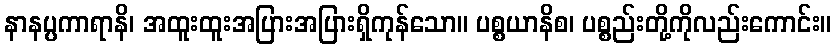
နာနပ္ပကာရာနိ၊ အထူးထူးအပြားအပြားရှိကုန်သော။ ပစ္စယာနိစ၊ ပစ္စည်းတို့ကိုလည်းကောင်း။